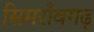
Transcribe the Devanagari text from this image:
सिमराँवगढ़